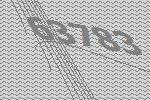
63783